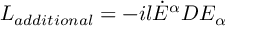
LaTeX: L _ { a d d i t i o n a l } = - i l { \dot { E } } ^ { \alpha } D E _ { \alpha }